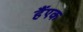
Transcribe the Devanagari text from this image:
हैंएक